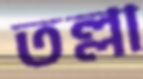
তল্লা